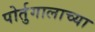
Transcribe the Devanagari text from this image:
पोर्तुगालाच्या